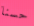
حسنا